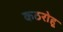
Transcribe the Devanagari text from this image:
कठरोहू